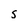
Character: s